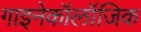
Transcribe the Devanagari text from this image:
गाइनेकॉलॉजिक